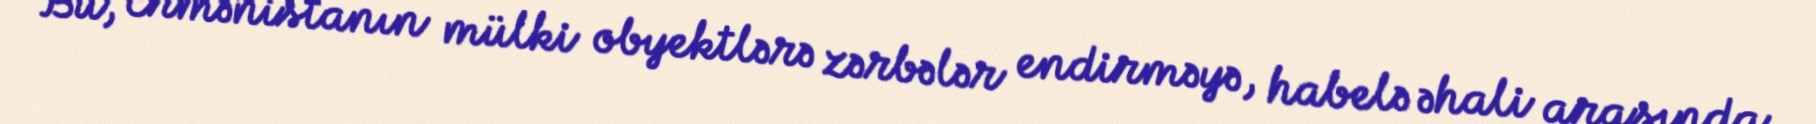
Bu, Ermənistanın mülki obyektlərə zərbələr endirməyə, habelə əhali arasında